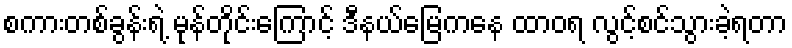
စကားတစ်ခွန်းရဲ့ မုန်တိုင်းကြောင့် ဒီနယ်မြေကနေ ထာဝရ လွင့်စင်သွားခဲ့ရတာ